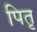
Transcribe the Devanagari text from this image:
पितृ